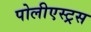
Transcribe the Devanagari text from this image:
पोलीएस्ट्रस